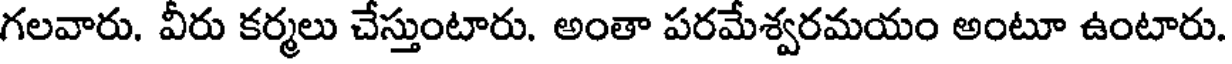
గలవారు. వీరు కర్మలు చేస్తుంటారు. అంతా పరమేశ్వరమయం అంటూ ఉంటారు.